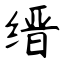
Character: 缙